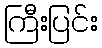
ကြီးပြင်း